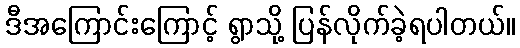
ဒီအကြောင်းကြောင့် ရွာသို့ ပြန်လိုက်ခဲ့ရပါတယ်။